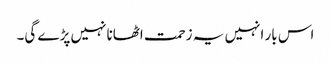
اس بار انہیں یہ زحمت اٹھانا نہیں پڑے گی۔